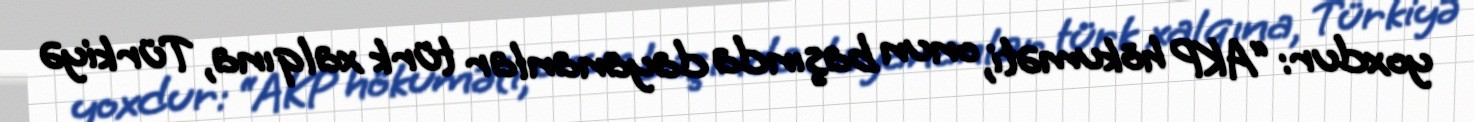
yoxdur: “AKP hökuməti, onun başında dayananlar türk xalqına, Türkiyə